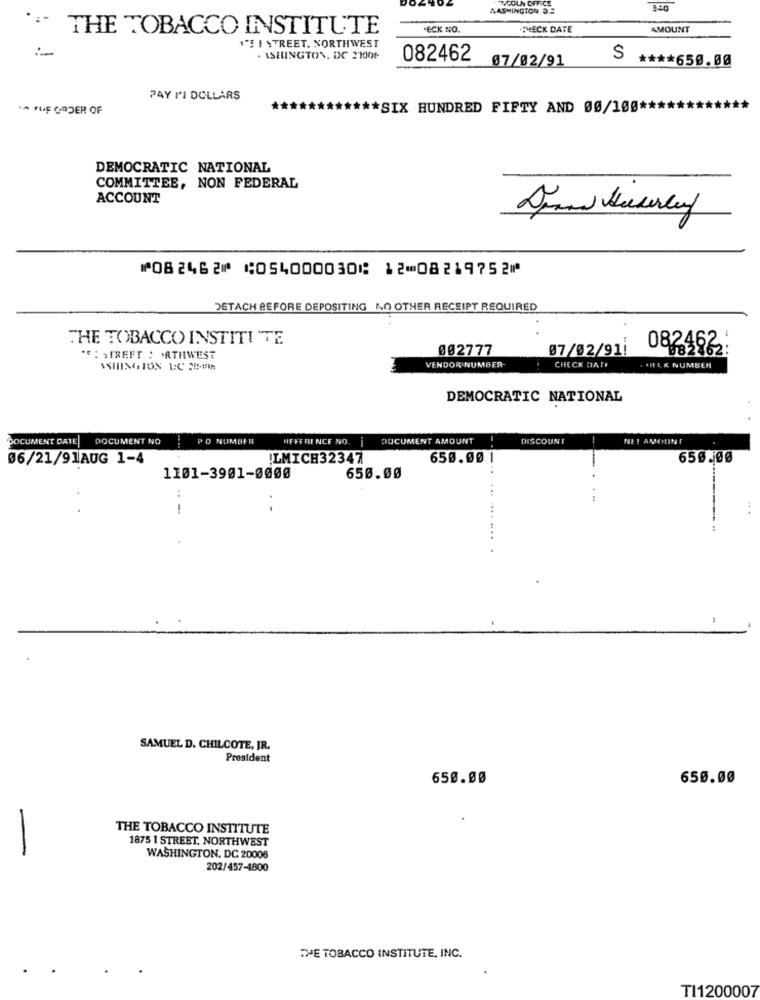
%ASHINGTON 3.
PARCOUN OFFICE
THE TOBACCO INSTITUTE
-ECK NO.
MECK DATE
AMOUNT
1"E I STREET. NORTHWEST
. ASHINGTON, DC 2100F
082462
07/02/91
S **** 650.00
PAY I'I DOLLARS
.A FUE ORDER OF
*SIX HUNDRED FIFTY AND 00/100 ***
DEMOCRATIC NATIONAL
COMMITTEE, NON FEDERAL
ACCOUNT
⑈082462⑈ ⑆054000030⑆ 12⑉08219752⑈
DETACH BEFORE DEPOSITING NO OTHER RECEIPT REQUIRED
THE TOBACCO INSTITUTE
002777
07/02/91!
082462
" : >TREFT : 'ATHWEST
CHECK DAT
HEK NUMBER
VENDOR NUMBER-
DEMOCRATIC NATIONAL
DOCUMENT DATE
DOCUMENT NO
PD NUMBER
HEFFFIENCE NO.
DOCUMENT AMOUNT
DISCOUNT
06/21/91AUG 1-4
LMICH32347
650.00 1
650.00
1101-3901-0000
650.00
..
:
SAMUEL D. CHILCOTE, JR.
President
650.00
650.00
THE TOBACCO INSTITUTE
1875 1 STREET. NORTHWEST
-
WASHINGTON, DC 20006
202/457-4800
THE TOBACCO INSTITUTE, INC.
TI1200007